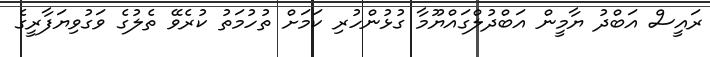
ރައީސް އަބްދު ޔާމީން އަބްދުލްގައްޔޫމާ ގުޅުންހުރި ކަމަށް ތުހުމަތު ކުރެވޭ ތެލުގެ ވަގުވިޔަފާރީގެ